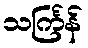
သင်္ကြန်